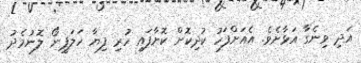
އަދި ވިނެގާ އަޅާށެވެ. އެއަށްފަހު ކުދިކޮށް ކޮށާފައި ހުރި ފިޔާ ހަލަޕީނޯ ލޮނުމެދު